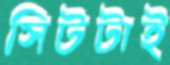
সিটটাই